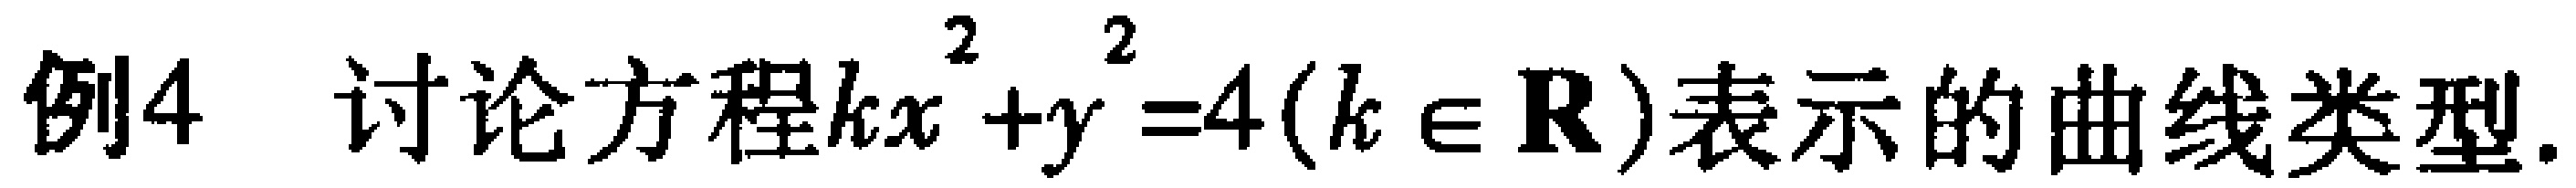
例4 讨论方程$kx^{2}+y^{2}=4(k\in \mathbf{R})$表示的曲线类型.